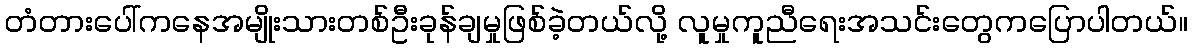
တံတားပေါ်ကနေအမျိုးသားတစ်ဦးခုန်ချမှုဖြစ်ခဲ့တယ်လို့ လူမှုကူညီရေးအသင်းတွေကပြောပါတယ်။